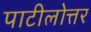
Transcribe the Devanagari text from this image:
पाटीलोत्तर